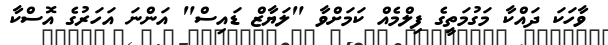
ވާހަކަ ދައްކާ މަގުމަތީގެ ފިލްމެއް ކަމަށްވާ "ލަޔާޒް ޑައިސް" އަންނަ އަހަރުގެ އޮސްކާ